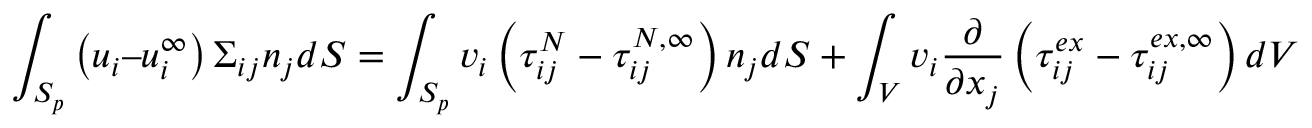
\int _ { S _ { p } } \left( u _ { i } – u _ { i } ^ { \infty } \right) \Sigma _ { i j } n _ { j } d S = \int _ { S _ { p } } v _ { i } \left( \tau _ { i j } ^ { N } - \tau _ { i j } ^ { N , \infty } \right) n _ { j } d S + \int _ { V } v _ { i } \frac { \partial } { \partial x _ { j } } \left( \tau _ { i j } ^ { e x } - \tau _ { i j } ^ { e x , \infty } \right) d V